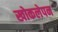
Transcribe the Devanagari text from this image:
खोकलेपन